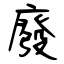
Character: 廢